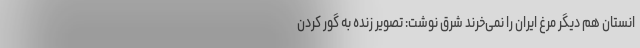
انستان هم دیگر مرغ ایران را نمی‌خرند شرق نوشت: تصویر زنده به گور کردن